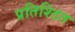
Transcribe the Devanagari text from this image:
प्रतिश्ठित